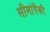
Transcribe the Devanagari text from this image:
सीमांपैकी